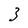
Character: 3